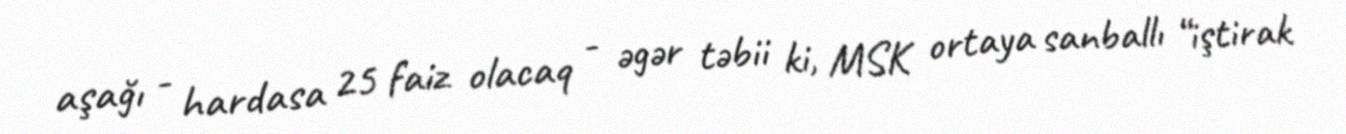
aşağı - hardasa 25 faiz olacaq - əgər təbii ki, MSK ortaya sanballı “iştirak